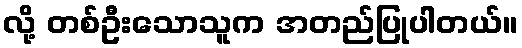
လို့ တစ်ဦးသောသူက အတည်ပြုပါတယ်။